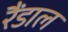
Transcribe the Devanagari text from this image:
रैंडाल